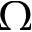
\Omega